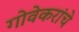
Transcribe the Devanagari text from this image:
गोवेकरांचे